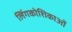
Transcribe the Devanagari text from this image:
लिंगकोशिकाओं